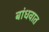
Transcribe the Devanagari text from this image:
बांधवात